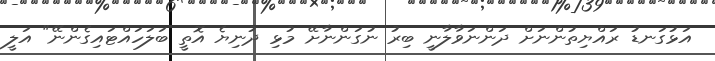
އަޅުގަނޑު ރައްޔިތުންނަށް ދަންނަވާލާނީ ބިރު ނުގަންނާށޭ މުޅި ދުނިޔެ އޮތީ ބަލަހައްޓައިގެންނޭ" އަލީ